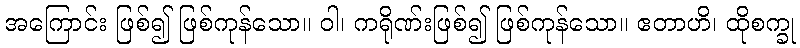
အကြောင်း ဖြစ်၍ ဖြစ်ကုန်သော။ ဝါ၊ ကရိုဏ်းဖြစ်၍ ဖြစ်ကုန်သော။ ဧတာဟိ၊ ထိုစက္ခု